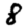
Digit: 8